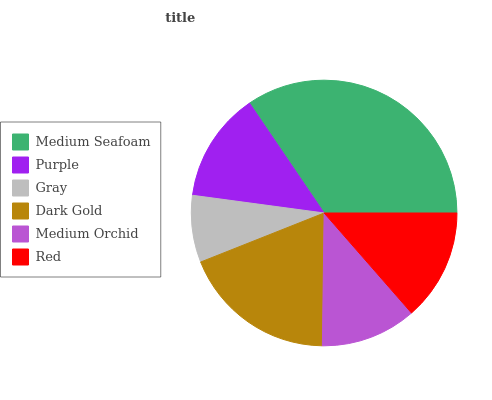
| Medium Seafoam | Purple | Gray | Dark Gold | Medium Orchid | Red |
 | --- | --- | --- | --- | --- | --- |
 | 34.5% | 13.4% | 8.13% | 18.8% | 11.6% | 13.6% |